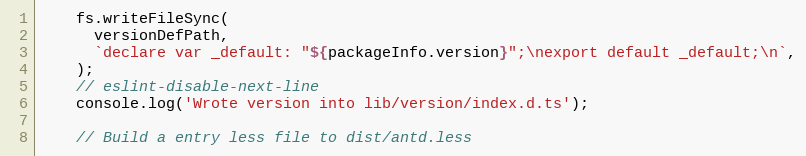
Language: JavaScript
    fs.writeFileSync(
      versionDefPath,
      `declare var _default: "${packageInfo.version}";\nexport default _default;\n`,
    );
    // eslint-disable-next-line
    console.log('Wrote version into lib/version/index.d.ts');

    // Build a entry less file to dist/antd.less